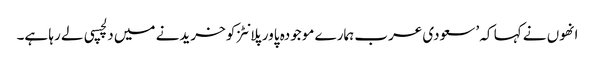
انھوں نے کہا کہ ’سعودی عرب ہمارے موجودہ پاور پلانٹز کو خریدنے میں دلچسپی لے رہا ہے۔